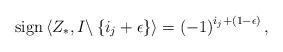
LaTeX: \begin{align*}{\rm sign}\left\langle Z_{*},I\backslash\left\{ i_{j}+\epsilon\right\} \right\rangle =\left(-1\right)^{i_{j}+\left(1-\epsilon\right)},\end{align*}